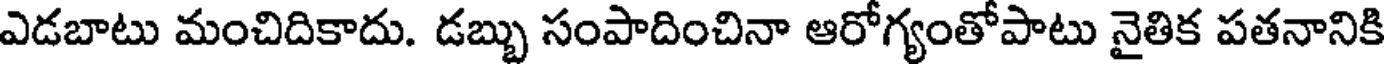
ఎడబాటు మంచిదికాదు. డబ్బు సంపాదించినా ఆరోగ్యంతోపాటు నైతిక పతనానికి